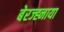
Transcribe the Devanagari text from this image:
बेरज्ह्नाया